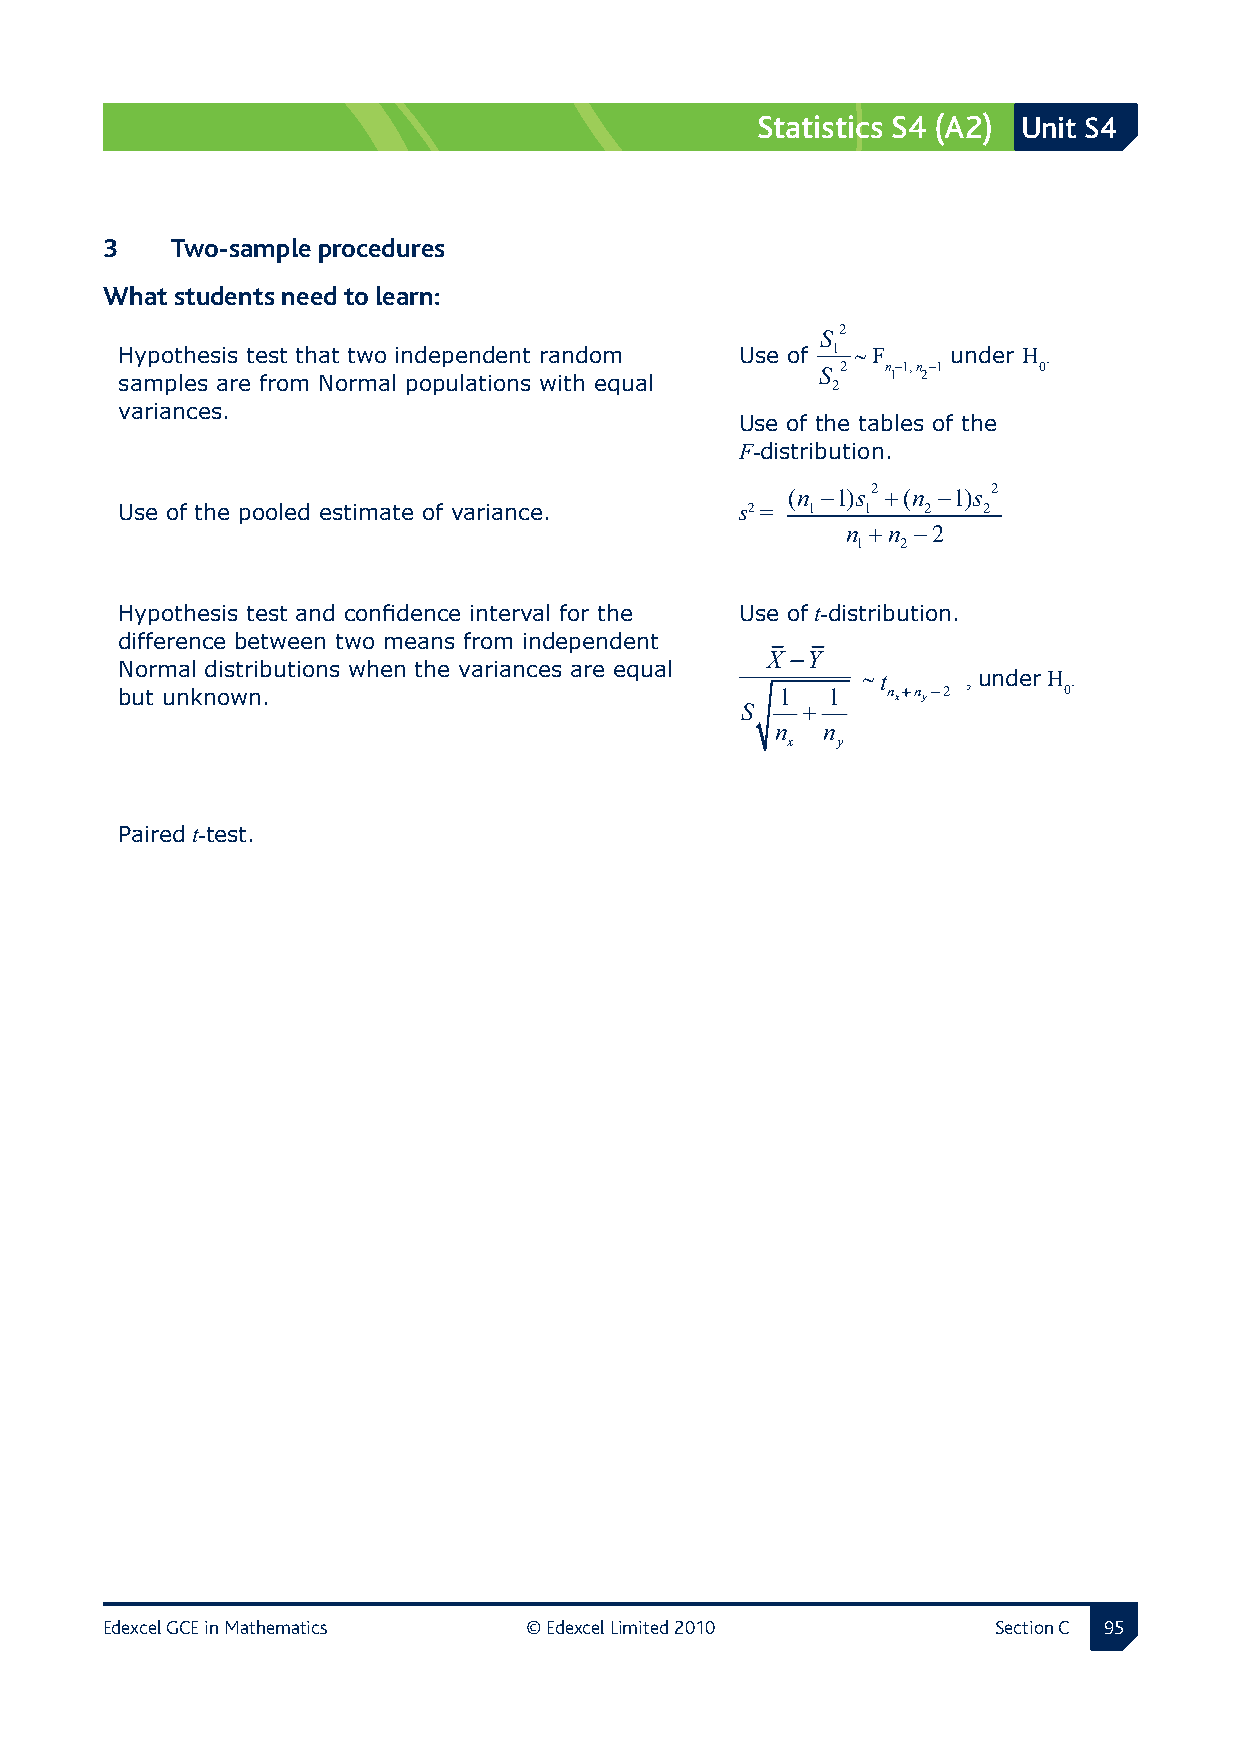
Statistics S4 (A2) Unit S4
 3  Two-sample procedures
 What students need to learn:
 S 2
 Hypothesis test that two independent random Use of 1 ∼ F under H .
 samples are from Normal populations with equal S 22 n 1 − 1 , n 2 −1 0
 variances.
 Use of the tables of the
 F‑distribution.
 (n −1)s2 +(n −1)s 2
 Use of the pooled estimate of variance.  s2 = 1  1   2   2
 n +n −2
 1  2
 Hypothesis test and confidence interval for the Use of t‑distribution.
 difference between two means from independent
 X −Y
 Normal distributions when the variances are equal
 ∼ t    , under H .
 but unknown.
 S
 1
 +
 1   n x+n y−2  0
 n  n
 x  y
 Paired t‑test.
 Edexcel GCE in Mathematics  © Edexcel Limited 2010         Section C 